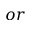
o r